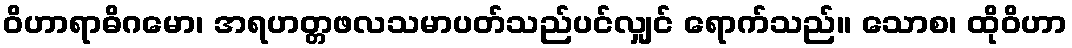
ဝိဟာရာဓိဂမော၊ အရဟတ္တဖလသမာပတ်သည်ပင်လျှင် ရောက်သည်။ သောစ၊ ထိုဝိဟာ